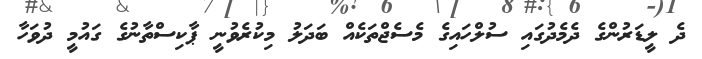
ދެ ލީޑަރުންގެ ދެމެދުގައި ސުލްހައިގެ މެސެޖްތަކެއް ބަދަލު މިކުރެވުނީ ޕާކިސްތާނުގެ ގައުމީ ދުވަހާ